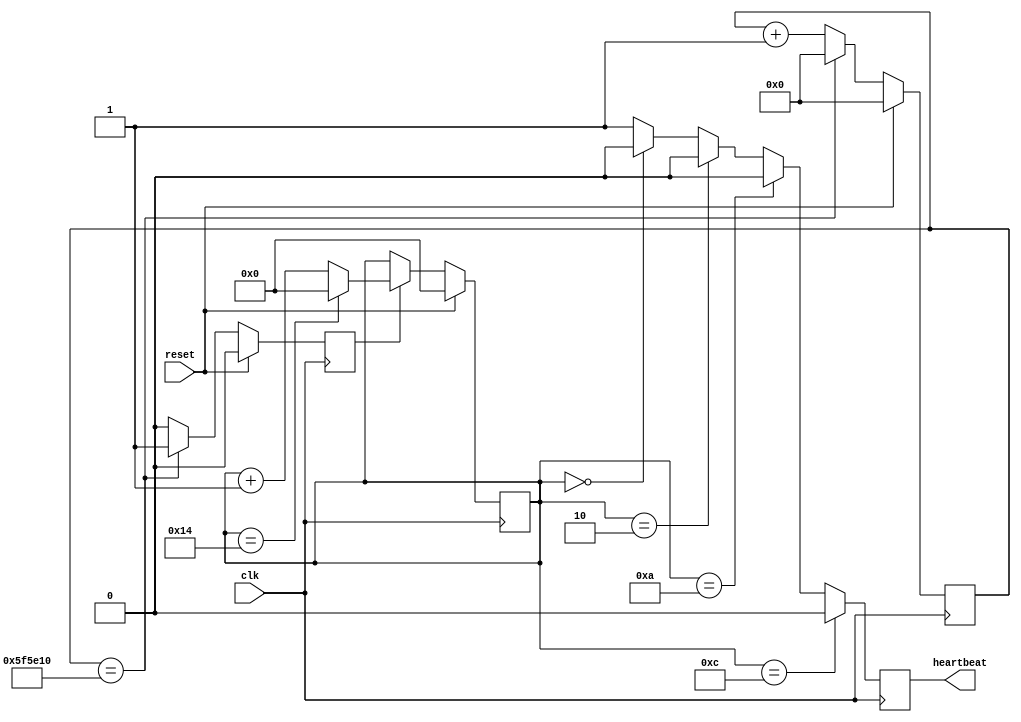
module cpci_heartbeat

   (
    
    output reg heartbeat,

    input reset,
    input clk
    
    );

   // generate a much slower clock - 10 Hz
   
   parameter MAX_COUNT = 6250000;
   
   reg [23:0] ten_hertz_count;

   always @(posedge clk)
     if (reset) ten_hertz_count <= 'h0;
     else
       if (ten_hertz_count == MAX_COUNT) ten_hertz_count <= 'h0;
       else ten_hertz_count <= ten_hertz_count + 24'h1;
   

   reg 	      ten_hertz;

   always @(posedge clk)
     if (reset) ten_hertz <= 'h0;
     else ten_hertz <= (ten_hertz_count == MAX_COUNT) ? 1 : 0;


   // this is the slow counting counter
   
   reg [4:0]  slow_count;

   always @(posedge clk)
     if (reset) slow_count <= 'h0;
     else if (ten_hertz) begin
	if (slow_count == 20) slow_count <= 'h0;
	else                  slow_count <= slow_count + 'h1;
     end
   
   // Now generate hearbeat.

   reg 	      heartbeat_nxt;
   
   always @* begin
      heartbeat_nxt = 1;
      if (slow_count == 'd0 ) heartbeat_nxt = 0;
      if (slow_count == 'd2 ) heartbeat_nxt = 0;
      if (slow_count == 'd10) heartbeat_nxt = 0;
      if (slow_count == 'd12) heartbeat_nxt = 0;
   end
     
   always @(posedge clk) heartbeat <= heartbeat_nxt;

endmodule